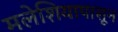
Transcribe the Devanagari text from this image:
मलेशियापासून